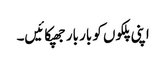
اپنی پلکوں کو بار بار جھپکائیں۔